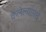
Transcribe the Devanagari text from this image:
केलेल्यांमधे